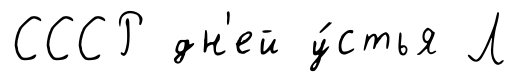
СССР дн'ей у́стья Л